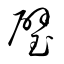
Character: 璧